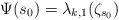
LaTeX: \begin{align*}\Psi(s_0)= \lambda_{k,1}(\zeta_{s_0})\end{align*}